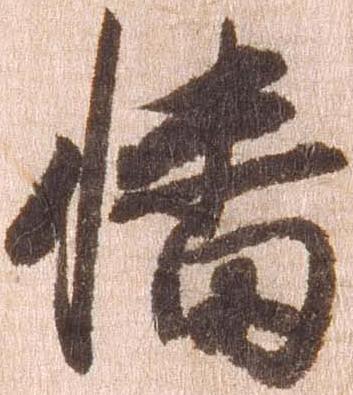
幡